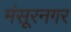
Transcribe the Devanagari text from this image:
मंसूरनगर